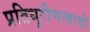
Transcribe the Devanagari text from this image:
प्रतिधुरीणत्वाची